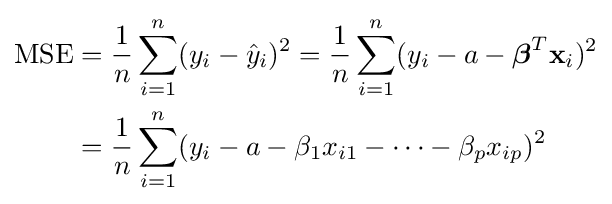
{\begin{aligned}{\text{MSE}}&={\frac {1}{n}}\sum _{i=1}^{n}(y_{i}-{\hat {y}}_{i})^{2}={\frac {1}{n}}\sum _{i=1}^{n}(y_{i}-a-{\boldsymbol {\beta }}^{T}\mathbf {x} _{i})^{2}\\&={\frac {1}{n}}\sum _{i=1}^{n}(y_{i}-a-\beta _{1}x_{i1}-\dots -\beta _{p}x_{ip})^{2}\end{aligned}}